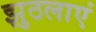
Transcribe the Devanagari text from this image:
झुठलाएं